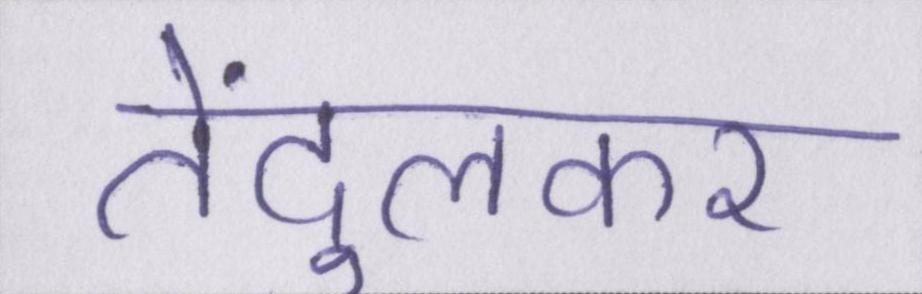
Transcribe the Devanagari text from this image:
तेंदुलकर